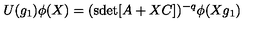
U ( g _ { 1 } ) \phi ( X ) = ( \mathrm { s d e t } [ A + X C ] ) ^ { - q } \phi ( X g _ { 1 } )